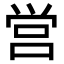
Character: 営